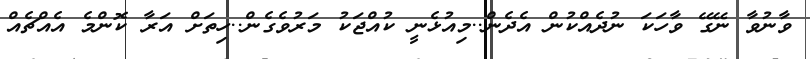
ވާނުވާ ނޭގޭ ވާހަކަ ނުދެއްކުން އެދެން..މިއުޅެނީ ކުއްޖަކު މަރުވެގެން..ހިތަށް އަރާ ކޮންމެ އެެއްޗެއް